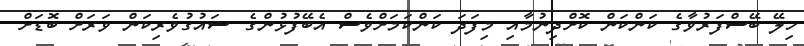
ހިލޭ ބޭސްފަރުވާގެ ކަންކަން ކޮށްދިނުމާއި މިފަދަ ކަންކަމަށްވެސް އެބޭފުޅުންގެ ޝައުގުވެރިކަން ވަރަށް ބޮޑަށް